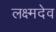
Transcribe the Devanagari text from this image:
लक्ष्मदेव